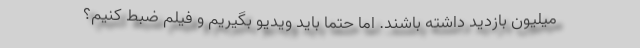
میلیون بازدید داشته باشند. اما حتما باید ویدیو بگیریم و فیلم ضبط کنیم؟